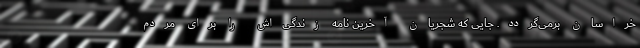
خراسان برمی‌گردد. جایی که شجریان آخرین نامه زندگی‌اش را برای مردم